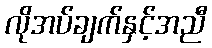
လိုအပ်ချက်နှင့်အညီ